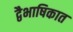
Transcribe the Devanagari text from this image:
द्वैभाषिकात